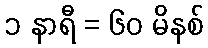
၁ နာရီ = ၆၀ မိနစ်